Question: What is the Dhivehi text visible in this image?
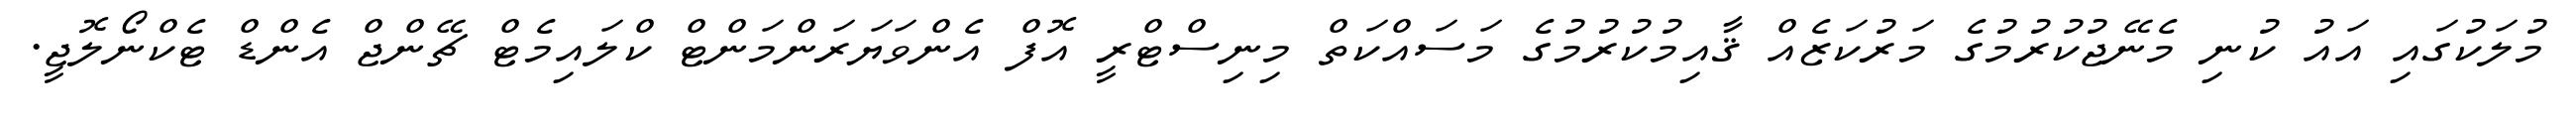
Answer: މުލަކުގައި އައު ކުނި މެނޭޖުކުރުމުގެ މަރުކަޒެއް ޤާއިމުކުރުމުގެ މަސައްކަތް މިނިސްޓްރީ އޮފް އެންވަޔަރަންމަންޓް ކްލައިމެޓް ޗޭންޖް އެންޑް ޓެކްނޯލޮޖީ.